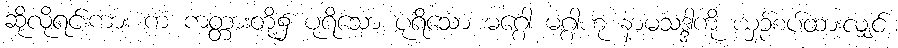
ဆိုလိုရင်းကား ကံ ကတ္တားတို့၌ ပုရိသော ပုရိသော မဂ္ဂေါ မဂ္ဂါဟု နာမသဒ္ဒါကို ယှဉ်စပ်ထားလျှင်